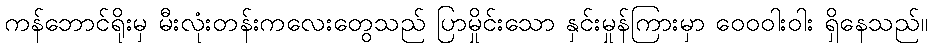
ကန်ဘောင်ရိုးမှ မီးလုံးတန်းကလေးတွေသည် ပြာမှိုင်းသော နှင်းမှုန်ကြားမှာ ဝေဝဝါးဝါး ရှိနေသည်။